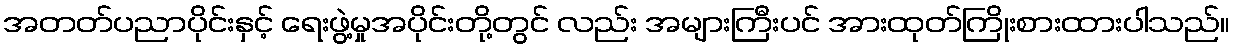
အတတ်ပညာပိုင်းနှင့် ရေးဖွဲ့မှုအပိုင်းတို့တွင် လည်း အများကြီးပင် အားထုတ်ကြိုးစားထားပါသည်။